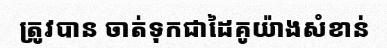
ត្រូវបាន ចាត់ទុកជាដៃគូយ៉ាងសំខាន់